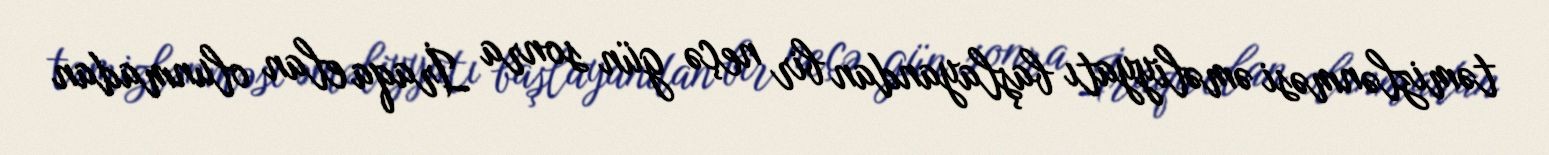
təmizlənməsi əməliyyatı başlayandan bir neçə gün sonra İraqa elan olunmadan